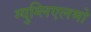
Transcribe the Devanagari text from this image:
ग्युग्लिएलमो